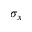
\sigma _ { x }